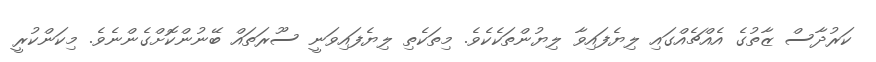
ކަރުދާސް ޒާތުގެ އެއްޗެއްގައި ލިޔެފައިވާ ލިޔުންތަކެކެވެ. މިތަކެތި ލިޔެފައިވަނީ ސޫރަތައް ބޭނުންކޮށްގެންނެވެ. މިކަންކުރީ